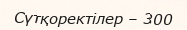
Сүтқоректілер – 300